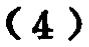
$(4)$